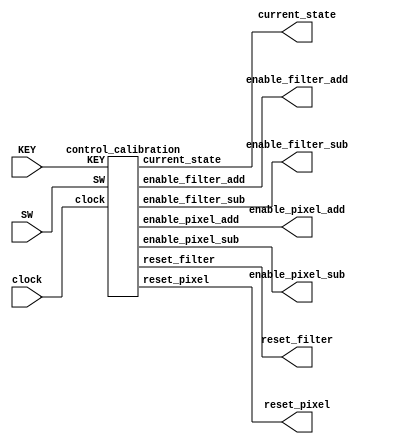
`timescale 1ns / 1ns // `timescale time_unit/time_precision

module calibrate (input [8:6] SW,
						input [2:0] KEY,
						input clock,
						output enable_pixel_add,
								 enable_filter_add,
								 enable_pixel_sub,
								 enable_filter_sub,
								 reset_pixel,
								 reset_filter,
						output [2:0]		 current_state);

control_calibration  C1 (.SW(SW), .KEY(KEY), .enable_pixel_add(enable_pixel_add),
								 .enable_filter_add(enable_filter_add), .enable_pixel_sub(enable_pixel_sub),
								 .enable_filter_sub(enable_filter_sub), .reset_pixel(reset_pixel),
								 .reset_filter(reset_filter), .clock(clock), .current_state(current_state));		
						
endmodule // calibrate


module control_calibration (input [8:6] SW,
									 input [2:0] KEY,
									 input clock,
									 output reg  enable_pixel_add,
													 enable_filter_add,
													 enable_pixel_sub,
													 enable_filter_sub,
													 reset_pixel,
													 reset_filter,
									output reg [2:0] current_state);

				reg [2:0] next_state;
				
				localparam 	KEY_WAIT 		= 3'd0,
								CALIBRATE		= 3'd1,
								CALIBRATE_WAIT	= 3'd2,
								RESET 			= 3'd3,
								RESET_WAIT 		= 3'd4;

				// state table
				always @(*)
				begin
					//
					case (current_state)
						//
						KEY_WAIT: 			if ((KEY[2] ^ KEY[1]) & (SW[6] == 0))
												begin
													next_state = CALIBRATE;
												end
												
												else if (SW[6] == 1)
												begin
													next_state = RESET;
												end
												
												else
												begin
													next_state = KEY_WAIT;
												end
						//
						CALIBRATE:			next_state = CALIBRATE_WAIT;
						//
						CALIBRATE_WAIT:	next_state = ((KEY[2] == 1) & (KEY[1] == 1)) ? KEY_WAIT : CALIBRATE_WAIT;
						//
						RESET:  				next_state = RESET_WAIT;
						//
						RESET_WAIT:			next_state = (SW[6] == 0) ? KEY_WAIT: RESET_WAIT;												
						//
						default: next_state = KEY_WAIT;
					endcase
					//
					
				end // state_table
				
				// output logic for datapath control signals
				always @(*)
				begin
				// all signals are 0 by default, to avoid latches.

					enable_pixel_add 	= 1'd0;
					enable_filter_add	= 1'd0;
					enable_pixel_sub 	= 1'd0;
					enable_filter_sub = 1'd0;
					reset_pixel			= 1'd0;
					reset_filter 		= 1'd0;
					
					case (current_state)
						//
						KEY_WAIT:		; // nothing
						//
						CALIBRATE:		if ((SW[8] == 1) & (SW[7] == 0) & (KEY[2] == 0))
												enable_filter_add = 1'd1;
											
											else if ((SW[8] == 1) & (SW[7] == 0) & (KEY[1] == 0))
												enable_filter_sub = 1'd1;
												
											else if ((SW[8] == 0) & (SW[7] == 1) & (KEY[2] == 0))
												enable_pixel_add = 1'd1;
											
											else if ((SW[8] == 0) & (SW[7] == 1) & (KEY[1] == 0))
												enable_pixel_sub = 1'd1;
						//
						CALIBRATE_WAIT: ; // nothing
						//
						RESET:			// global reset happens if sw 7 is up with both down.
											// else only the selected is reset
											if ((SW[8] == 1) & (SW[7] == 0))
												reset_filter = 1'd1;
											
											else if ((SW[8] == 0) & (SW[7] == 1))
												reset_pixel = 1'd1;
											
											else if ((SW[8] == 0) & (SW[7] == 0))
											begin
												reset_pixel = 1'd1;
												reset_filter = 1'd1;
											end
						//
						RESET_WAIT:		; // nothing
						
						// no default needed; all of our outputs were assigned a value
					endcase		 
				
				end // enable_signals
				
				// current_state registers
				always @(posedge clock)
				begin
					if(~KEY[0] == 1)
						current_state <= KEY_WAIT;
					else
						current_state <= next_state;
				end // state_FFS
				
endmodule // control_calibration